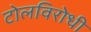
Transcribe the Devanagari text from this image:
टोलविरोधी